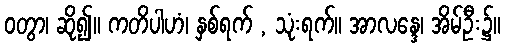
ဝတွာ၊ ဆို၍။ ကတိပါဟံ၊ နှစ်ရက် , သုံးရက်။ အာလန္ဒေ၊ အိမ်ဦး၌။